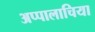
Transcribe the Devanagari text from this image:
अप्पालाचिया